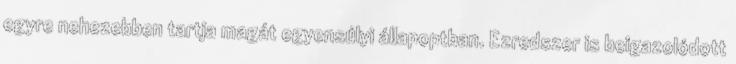
egyre nehezebben tartja magát egyensúlyi állapoptban. Ezredszer is beigazolódott